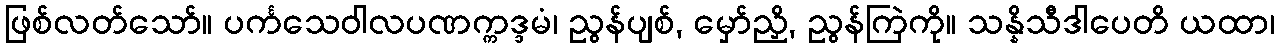
ဖြစ်လတ်သော်။ ပင်္ကသေဝါလပဏက္ကဒ္ဒမံ၊ ညွန်ပျစ်, မှော်ညှိ, ညွန်ကြဲကို။ သန္နိသီဒါပေတိ ယထာ၊